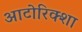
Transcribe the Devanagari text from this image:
आटोरिक्शा